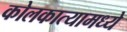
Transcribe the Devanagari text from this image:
कोलकात्यामध्ये